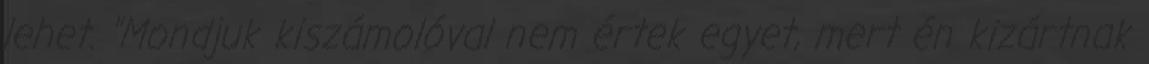
lehet. "Mondjuk kiszámolóval nem értek egyet, mert én kizártnak